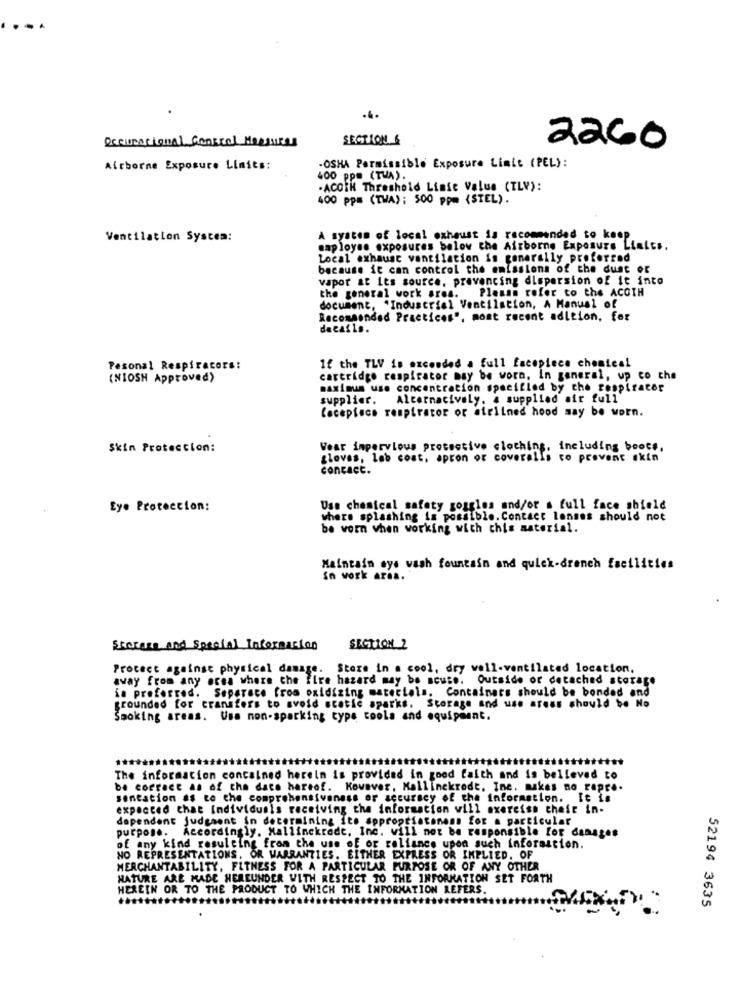
.-.
.4.
SECTION
Occupational Central Mossuces
2260
Airborne Exposure Limits:
-OSHA Permissible Exposure Linie (PEL):
400 ppm (TWA)
.ACORK Threshold Linie Value (TLV):
400 ppm (TWA); 500 ppm (STEL) .
Ventilation System:
A system of local exhaust is recommended to keep
saployse exposures below the Airborne Exposure Limits.
Local exhaust ventilation is generally preferred
because it can control the emissions of the dust of
vapor at its source. pravencing dispersion of it into
the general work ares. Plamas refer to the ACOTH
document, "Industrial Ventilation, A Manual of
Recommended Practices", most recent adition, for
details.
Pesonal Respiracors:
If the TLV is oxconded a full facepiece chemical
(NIOSH Approved)
cartridge respirator may be worn. in general, up co che
maximum use concentration specified by che respirator
supplier. Alternatively, a supplied air full'
Coceptacs respirator or airiined hood may be worn.
Skin Proteccion:
Vear impervious protective clothing, including boots,
gloves, lab cost, apron or coveralls to prevent skin
contact.
Eye Protection:
Use chemical safety goggles and/or s full face shield
where splashing is possible. Contact lenses should not
be worn when working with chis material.
Maintain eye wash fountain and quick-drench facilities
Sn work aras.
Storaza and Special Informacion
SECTION 2
Protect against physical damage. Store in a cool, dry wall-ventilated location,
away from any area where the fire hazard may be acute. Outside or detached storage
is preferred. Separate from oxidizing materials. Containers should be bonded and
grounded for cransfers to avoid static sparks. Storage and use areas should be No
Smoking areas. Usa non-sparking type tools and equipment.
tttt
The information contained herein is provided in good faith and is believed to
be correct as of cha dacs hartof. Kovaver, Mallinckrodt. Ine. makes no repr ..
sentation as to the comprehensiveness or accuracy of the information. It is
expected that Individuais receiving the information will exercise their in-
dependent judgment in determining its appropriateness for a particular
purpose. Accordingly. Mallinckrodt, Inc. will not be responsible for damages
of any kind resulting from the use of or reliance upon such inforastion.
NO REPRESENTATIONS, OR WARRANTIES. EITHER EXPRESS OR IMPLIED. OF
MERCHANTABILITY, FITNESS FOR A PARTICULAR PURPOSE OR OF ANY OTHER
NATURE ARE MADE HEREUNDER WITH RESPECT TO THE INFORMATION SET FORTH
HEREIN OR TO THE PRODUCT TO WHICH THE INFORMATION REFERS.
52194 3635